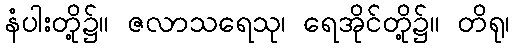
နံပါးတို့၌။ ဇလာသရေသု၊ ရေအိုင်တို့၌။ တိရု၊